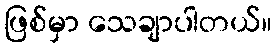
ဖြစ်မှာ သေချာပါတယ်။